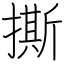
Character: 撕